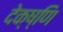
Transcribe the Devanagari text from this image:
देक्ष्णि